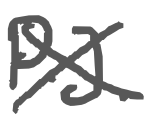
Text: P.J.
Cross-out: cross
Writing tool: digital_gray